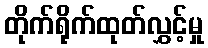
တိုက်ရိုက်ထုတ်လွှင့်မှု